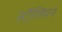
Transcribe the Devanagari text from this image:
स्टैलियन